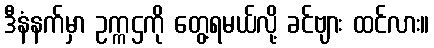
ဒီနံနက်မှာ ဥက္ကဌကို တွေ့ရမယ်လို့ ခင်ဗျား ထင်လား။